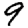
Digit: 9